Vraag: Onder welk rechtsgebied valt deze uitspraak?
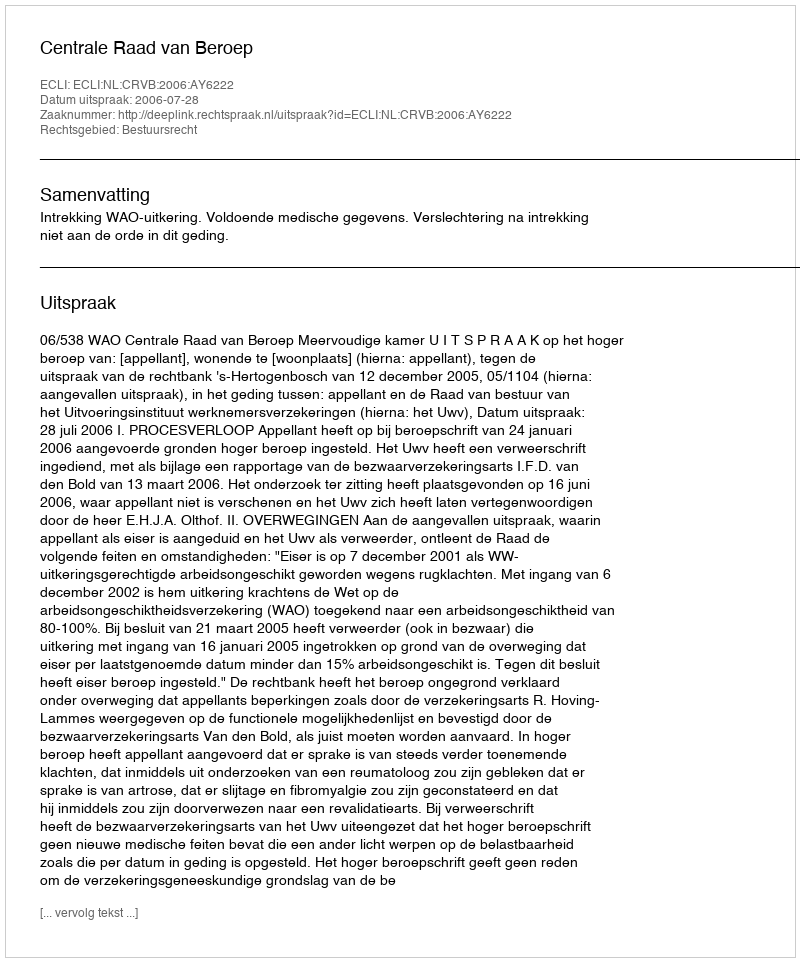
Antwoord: Bestuursrecht